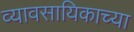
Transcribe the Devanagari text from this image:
व्यावसायिकाच्या